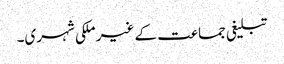
تبلیغی جماعت کے غیر ملکی شہری۔